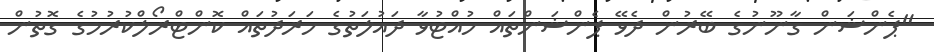
"ޕެންޝަން ގާނޫނުގެ ބޭރުން ދެވޭ ޕެންޝަންތައް ހުއްޓުވާ ދައުލަތުގެ ހަރަދުތައް ކޮންޓްރޯލްކުރުމުގެ ގޮތުން